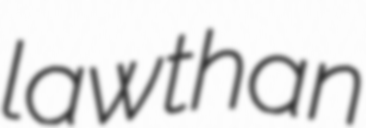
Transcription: law than